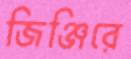
জিঞ্জিরে